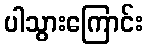
ပါသွားကြောင်း